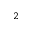
^ { 2 }